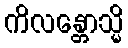
ကိလန္တောသ္မိ